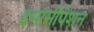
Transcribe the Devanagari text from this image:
इमांसीपेशन